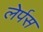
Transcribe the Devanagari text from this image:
लेर्पस